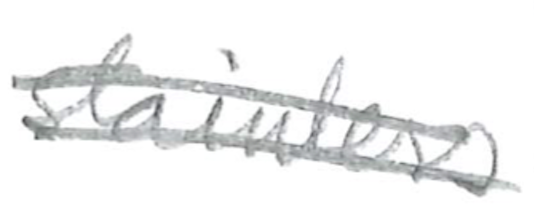
Text: and
Cross-out: double-line
Writing tool: pencil